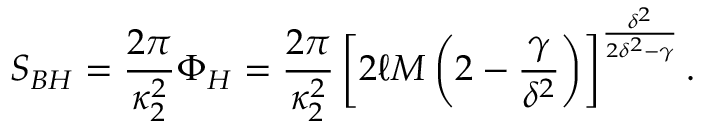
S _ { B H } = { \frac { 2 \pi } { \kappa _ { 2 } ^ { 2 } } } \Phi _ { H } = { \frac { 2 \pi } { \kappa _ { 2 } ^ { 2 } } } \left[ 2 \ell M \left( 2 - { \frac { \gamma } { \delta ^ { 2 } } } \right) \right] ^ { \frac { \delta ^ { 2 } } { 2 \delta ^ { 2 } - \gamma } } .